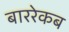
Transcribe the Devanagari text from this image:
बाररेकब